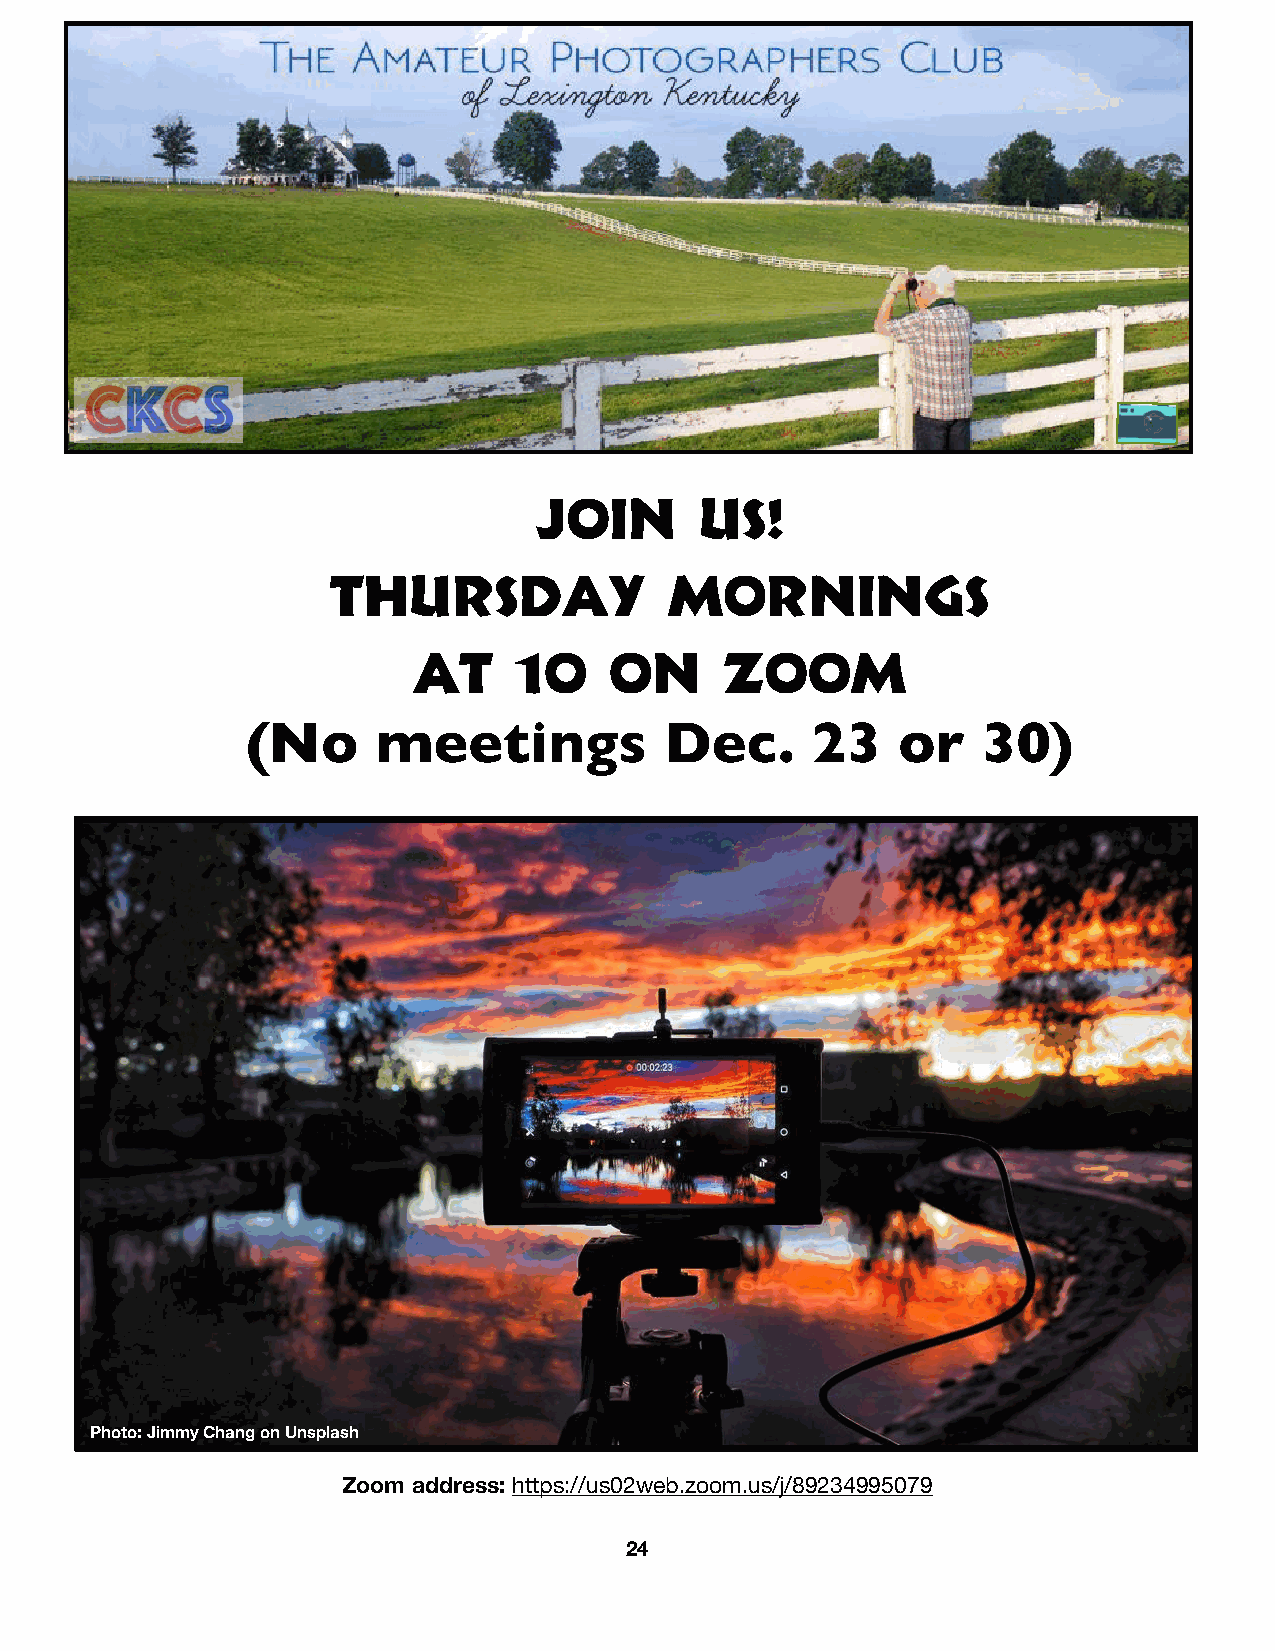
Join       Us!
 Thursday              mornings
 at     10    On      Zoom
 (No      meetings           Dec.      23   or    30)
 Photo: Jimmy Chang on Unsplash
 Zoom address: https://us02web.zoom.us/j/89234995079
 24